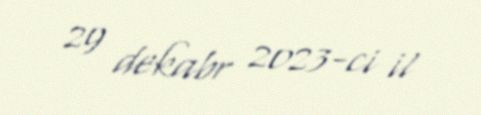
29 dekabr 2023-ci il